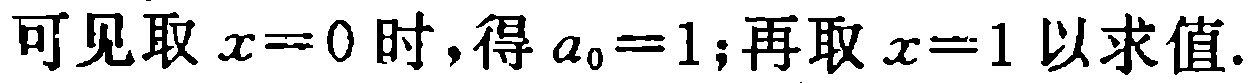
可见取 \(x = 0\) 时，得 \(a_0 = 1\); 再取 \(x = 1\) 以求值.